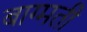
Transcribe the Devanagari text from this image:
बाग्मती